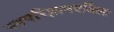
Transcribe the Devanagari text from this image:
स्वपरिज्ञानवर्जिताः